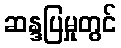
ဆန္ဒပြမှုတွင်